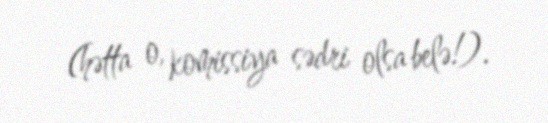
(hətta o, komissiya sədri olsa belə!).